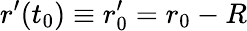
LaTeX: {r}^{\prime}(t_{0})\equiv r_{0}^{\prime}=r_{0}-{R}